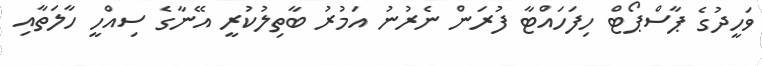
ވަހީދުގެ ޕާސްޕޯޓް ހިފަހައްޓާ ފުރަން ނެރުނު އަމުރު ބާތިލުކުރީ އޭނާގެ ސިއްހީ ހާލަތާއި